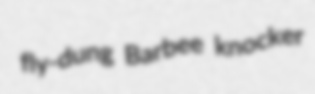
fly-dung Barbee knocker